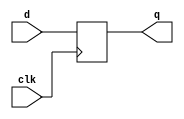
`timescale 1ns / 1ps
//////////////////////////////////////////////////////////////////////////////////
// Company: 
// Engineer: 
// 
// Design Name: 
// Module Name:    d_ff 
// Project Name: 
// Target Devices: 
// Tool versions: 
// Description: 
//
// Dependencies: 
//
// Revision: 
// Revision 0.01 - File Created
// Additional Comments: 
//
//////////////////////////////////////////////////////////////////////////////////
module d_ff(q, clk, d);
	input clk, d;
	output reg q;
	
	always @(posedge clk)
		q <= d;
endmodule